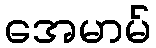
အေမာမ်